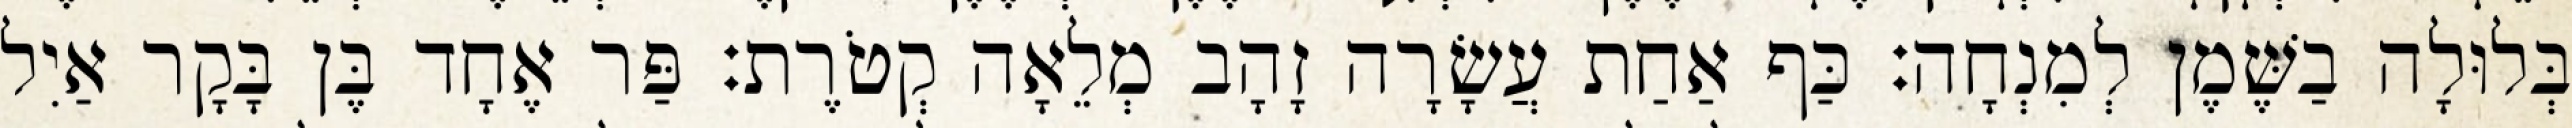
בְּלוּלָה בַשֶּׁמֶן לְמִנְחָה׃ כַּף אַחַת עֲשָׂרָה זָהָב מְלֵאָה קְטֹרֶת׃ פַּר אֶחָד בֶּן בָּקָר אַיִל